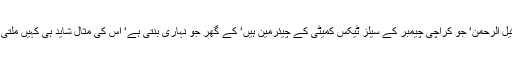
شکیل الرحمن‘ جو کراچی چیمبر کے سیلز ٹیکس کمیٹی کے چیئرمین ہیں‘ کے گھر جو نہاری بنتی ہے‘ اس کی مثال شاید ہی کہیں ملتی ہو۔